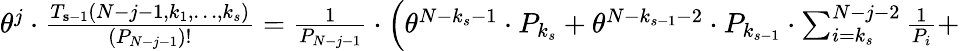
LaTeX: \begin{array}{r}{\theta^{j}\cdot\frac{T_{\le s-1}(N-j-1,k_{1},\ldots,k_{s})}{(P_{N-j-1})!}=\frac{1}{P_{N-j-1}}\cdot\Big(\theta^{N-k_{s}-1}\cdot P_{k_{s}}+\theta^{N-k_{s-1}-2}\cdot P_{k_{s-1}}\cdot\sum_{i=k_{s}}^{N-j-2}\frac{1}{P_{i}}+}\end{array}